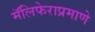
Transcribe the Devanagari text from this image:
मॅलिफेराप्रमाणे